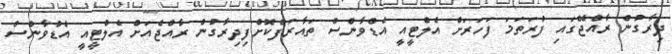
ދިރާގުން ރާއްޖޭގައި ފުރަތަމަ ފަހަރަށް އެލްޓީއީ އެޑްވާންސް ތައާރަފްކޮށްފިދިރާގުން ރާއްޖެއަށް އެލްޓީއީ އެޑްވާންސް